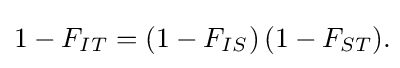
1-F_{IT}=(1-F_{IS})\,(1-F_{ST}).\!